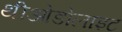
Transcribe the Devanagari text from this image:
थीओडोलाइट